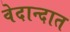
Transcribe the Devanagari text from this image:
वेदान्दात